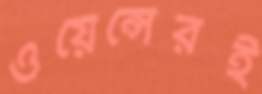
ওয়েন্সেরই